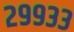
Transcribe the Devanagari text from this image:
२९९३३